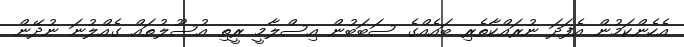
އެހެންކަމުން އެފަދަ ނުރައްކާތެރި ބައެއްގެ ސަބަބުން އިސްލާމީ ރީތި އުސޫލުތައް ގެއްލުނަ ނުދޭން